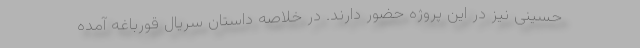
حسینی نیز در این پروژه حضور دارند. در خلاصه داستان سریال قورباغه آمده